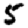
Digit: 5